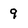
Character: 9